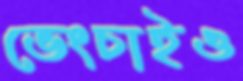
ভেংচাইও